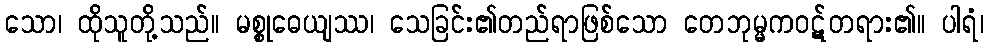
သော၊ ထိုသူတို့သည်။ မစ္စုဓေယျဿ၊ သေခြင်း၏တည်ရာဖြစ်သော တေဘုမ္မကဝဋ်တရား၏။ ပါရံ၊